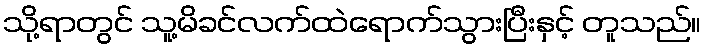
သို့ရာတွင် သူ့မိခင်လက်ထဲရောက်သွားပြီးနှင့် တူသည်။